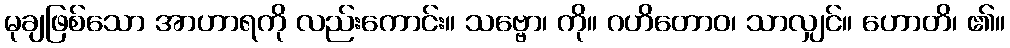
မုချဖြစ်သော အာဟာရကို လည်းကောင်း။ သဗ္ဗော၊ ကို။ ဂဟိတောဝ၊ သာလျှင်။ ဟောတိ၊ ၏။